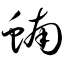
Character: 蝻